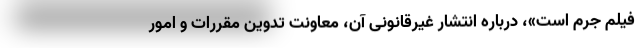
فیلم جرم است»، درباره انتشار غیرقانونی آن، معاونت تدوین مقررات و امور